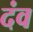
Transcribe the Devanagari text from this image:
दंव